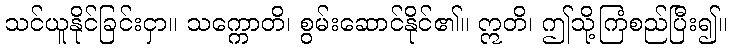
သင်ယူနိုင်ခြင်းငှာ။ သက္ကောတိ၊ စွမ်းဆောင်နိုင်၏။ ဣတိ၊ ဤသို့ကြံစည်ပြီး၍။